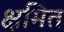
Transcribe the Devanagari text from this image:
क्षमित